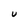
Character: U